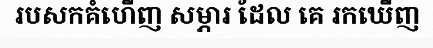
របសកគំហើញ សម្ភារ ដែល គេ រកឃើញ